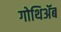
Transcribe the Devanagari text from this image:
गोथिॲब